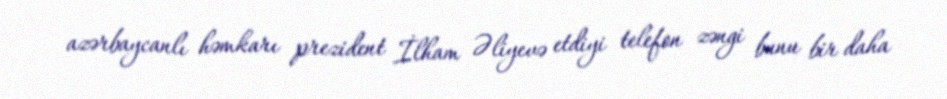
azərbaycanlı həmkarı prezident İlham Əliyevə etdiyi telefon zəngi bunu bir daha